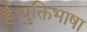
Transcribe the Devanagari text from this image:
है।युक्तिभाषा